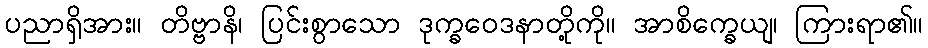
ပညာရှိအား။ တိဗ္ဗာနိ၊ ပြင်းစွာသော ဒုက္ခဝေဒနာတို့ကို။ အာစိက္ခေယျ၊ ကြားရာ၏။